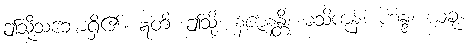
ဤသို့သဘောရှိ၏။ ဣတိ၊ ဤသို့။ နဇာနန္တိ၊ မသိကုန်။ ဟန္ဒ၊ ယခု။